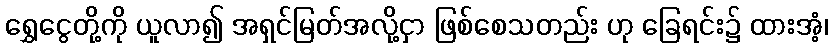
ရွှေငွေတို့ကို ယူလာ၍ အရှင်မြတ်အလို့ငှာ ဖြစ်စေသတည်း ဟု ခြေရင်း၌ ထားအံ့၊